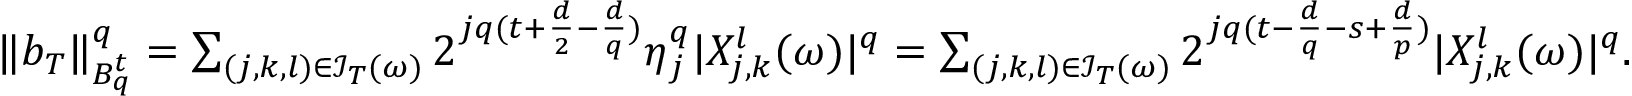
\begin{array} { r } { \| b _ { T } \| _ { B _ { q } ^ { t } } ^ { q } = \sum _ { ( j , k , l ) \in \mathcal { I } _ { T } ( \omega ) } 2 ^ { j q ( t + \frac { d } { 2 } - \frac { d } { q } ) } \eta _ { j } ^ { q } | X _ { j , k } ^ { l } ( \omega ) | ^ { q } = \sum _ { ( j , k , l ) \in \mathcal { I } _ { T } ( \omega ) } 2 ^ { j q ( t - \frac { d } { q } - s + \frac { d } { p } ) } | X _ { j , k } ^ { l } ( \omega ) | ^ { q } . } \end{array}